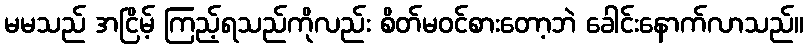
မမသည် အငြိမ့် ကြည့်ရသည်ကိုလည်း စိတ်မဝင်စားတော့ဘဲ ခေါင်းနောက်လာသည်။